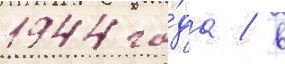
1944 го́да / в